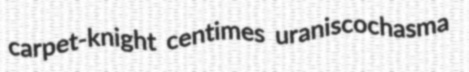
carpet-knight centimes uraniscochasma